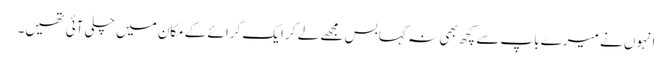
انہوں نے میرے باپ سے کچھ بھی نہ کہا بس مجھے لے کر ایک کرائے کے مکان میں چلی آئی تھیں۔